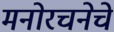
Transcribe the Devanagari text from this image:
मनोरचनेचे